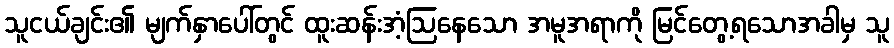
သူငယ်ချင်း၏ မျက်နှာပေါ်တွင် ထူးဆန်းအံ့ဩနေသော အမူအရာကို မြင်တွေ့ရသောအခါမှ သူ